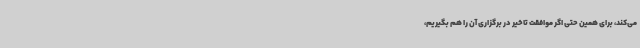
می‌کند، برای همین حتی اگر موافقت تاخیر در برگزاری آن را هم بگیریم،